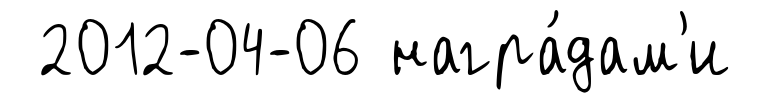
2012-04-06 награ́дам'и